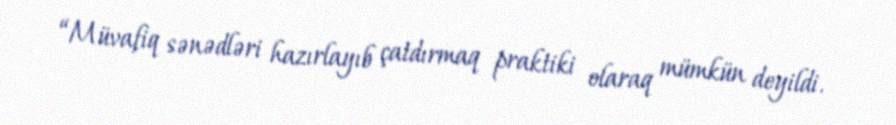
“Müvafiq sənədləri hazırlayıb çatdırmaq praktiki olaraq mümkün deyildi.